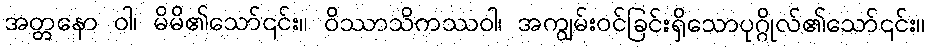
အတ္တနော ဝါ၊ မိမိ၏သော်၎င်း။ ဝိဿာသိကဿဝါ၊ အကျွမ်းဝင်ခြင်းရှိသောပုဂ္ဂိုလ်၏သော်၎င်း။